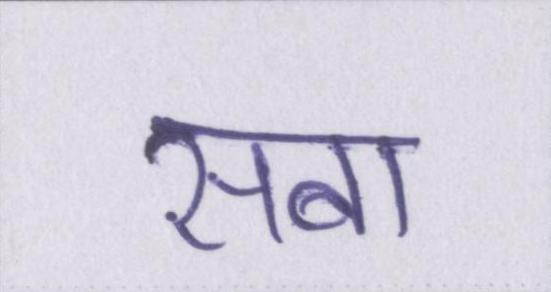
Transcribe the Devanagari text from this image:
सबा